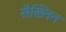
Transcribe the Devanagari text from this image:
सैख्निन